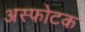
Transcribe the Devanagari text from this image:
अस्फोटक